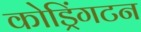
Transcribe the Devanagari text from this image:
कोड्रिंगटन